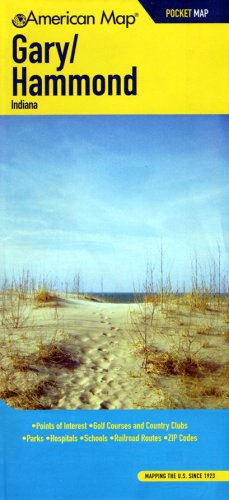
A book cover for American Map Gary/ Hammond, in Pocket Map; Travel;